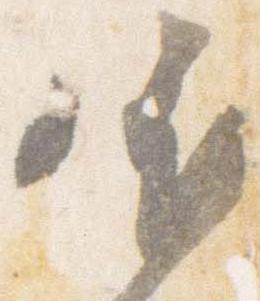
依